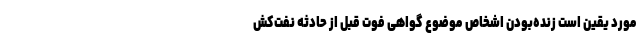
مورد یقین است زنده‌بودن اشخاص موضوع گواهی فوت قبل از حادثه نفت‌کش